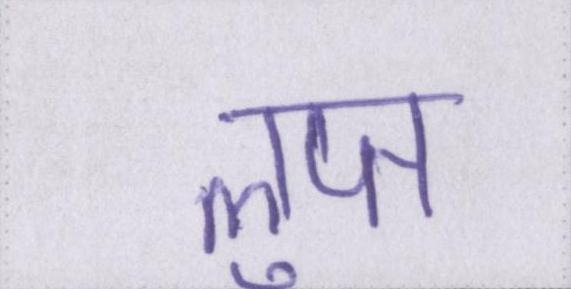
लुप्त